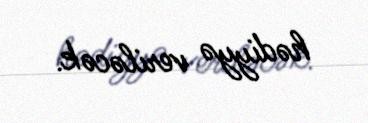
hədiyyə veriləcək.